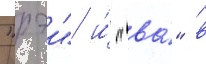
"рэи" и́ "ва́" в